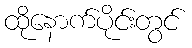
ထိုနောက်ပိုင်းတွင်